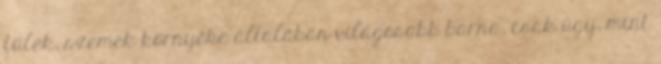
fülek, szemek környéke általában világosabb barna, csak úgy, mint